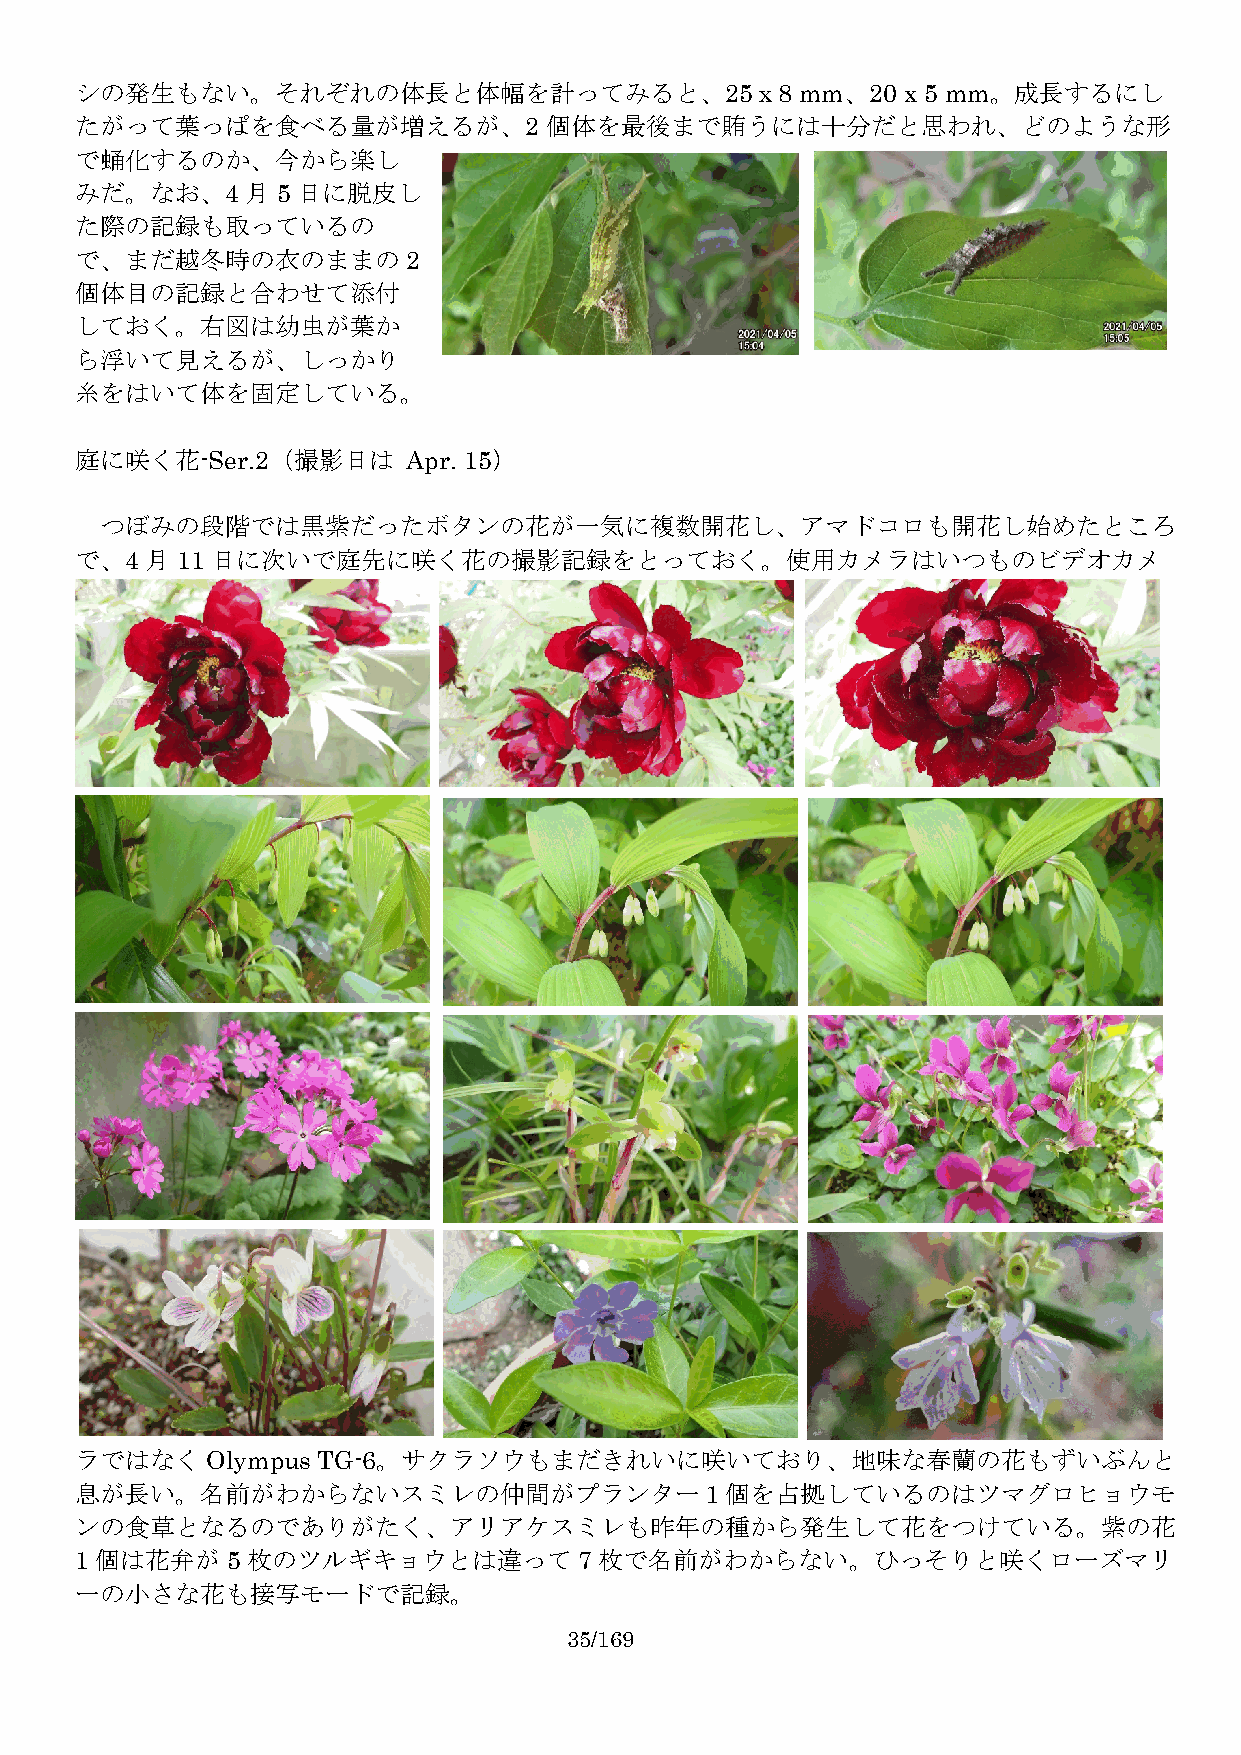
シの発生もない。それぞれの体長と体幅を計ってみると、25ｘ8                  mm、20  x 5 mm。成長するにし
 たがって葉っぱを食べる量が増えるが、2            個体を最後まで賄うには十分だと思われ、どのような形
 で蛹化するのか、今から楽し
 みだ。なお、4    月5  日に脱皮し
 た際の記録も取っているの
 で、まだ越冬時の衣のままの2
 個体目の記録と合わせて添付
 しておく。右図は幼虫が葉か
 ら浮いて見えるが、しっかり
 糸をはいて体を固定している。
 庭に咲く花-Ser.2（撮影日は      Apr. 15）
 つぼみの段階では黒紫だったボタンの花が一気に複数開花し、アマドコロも開花し始めたところ
 で、4  月11 日に次いで庭先に咲く花の撮影記録をとっておく。使用カメラはいつものビデオカメ
 ラではなくOlympus    TG-6。サクラソウもまだきれいに咲いており、地味な春蘭の花もずいぶんと
 息が長い。名前がわからないスミレの仲間がプランター１個を占拠しているのはツマグロヒョウモ
 ンの食草となるのでありがたく、アリアケスミレも昨年の種から発生して花をつけている。紫の花
 1 個は花弁が5   枚のツルギキョウとは違って7          枚で名前がわからない。ひっそりと咲くローズマリ
 ーの小さな花も接写モードで記録。
 35/169